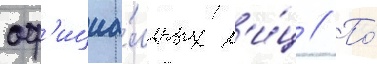
оф'ициа́льных л'и́ц // По́